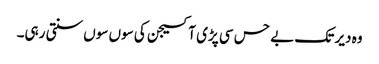
وہ دیر تک بے حس سی پڑی آکسیجن کی سوں سوں سنتی رہی۔